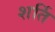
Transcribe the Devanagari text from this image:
शर्ति